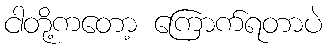
ငါတို့ကတော့ ကြောက်ရတာပဲ